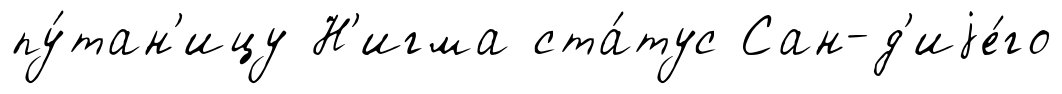
пу́тан'ицу Н'игма ста́тус Сан-д'иjе́го